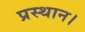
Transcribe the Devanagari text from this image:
प्रस्‍थान।